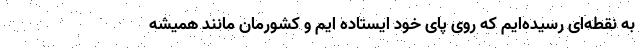
به نقطه‌ای رسیده‌ایم که روی پای خود ایستاده ایم و کشورمان مانند همیشه